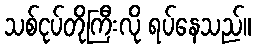
သစ်ငုပ်တိုကြီးလို ရပ်နေသည်။